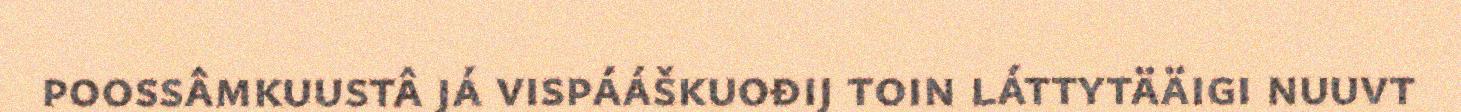
poossâmkuustâ já vispááškuođij toin láttytääigi nuuvt